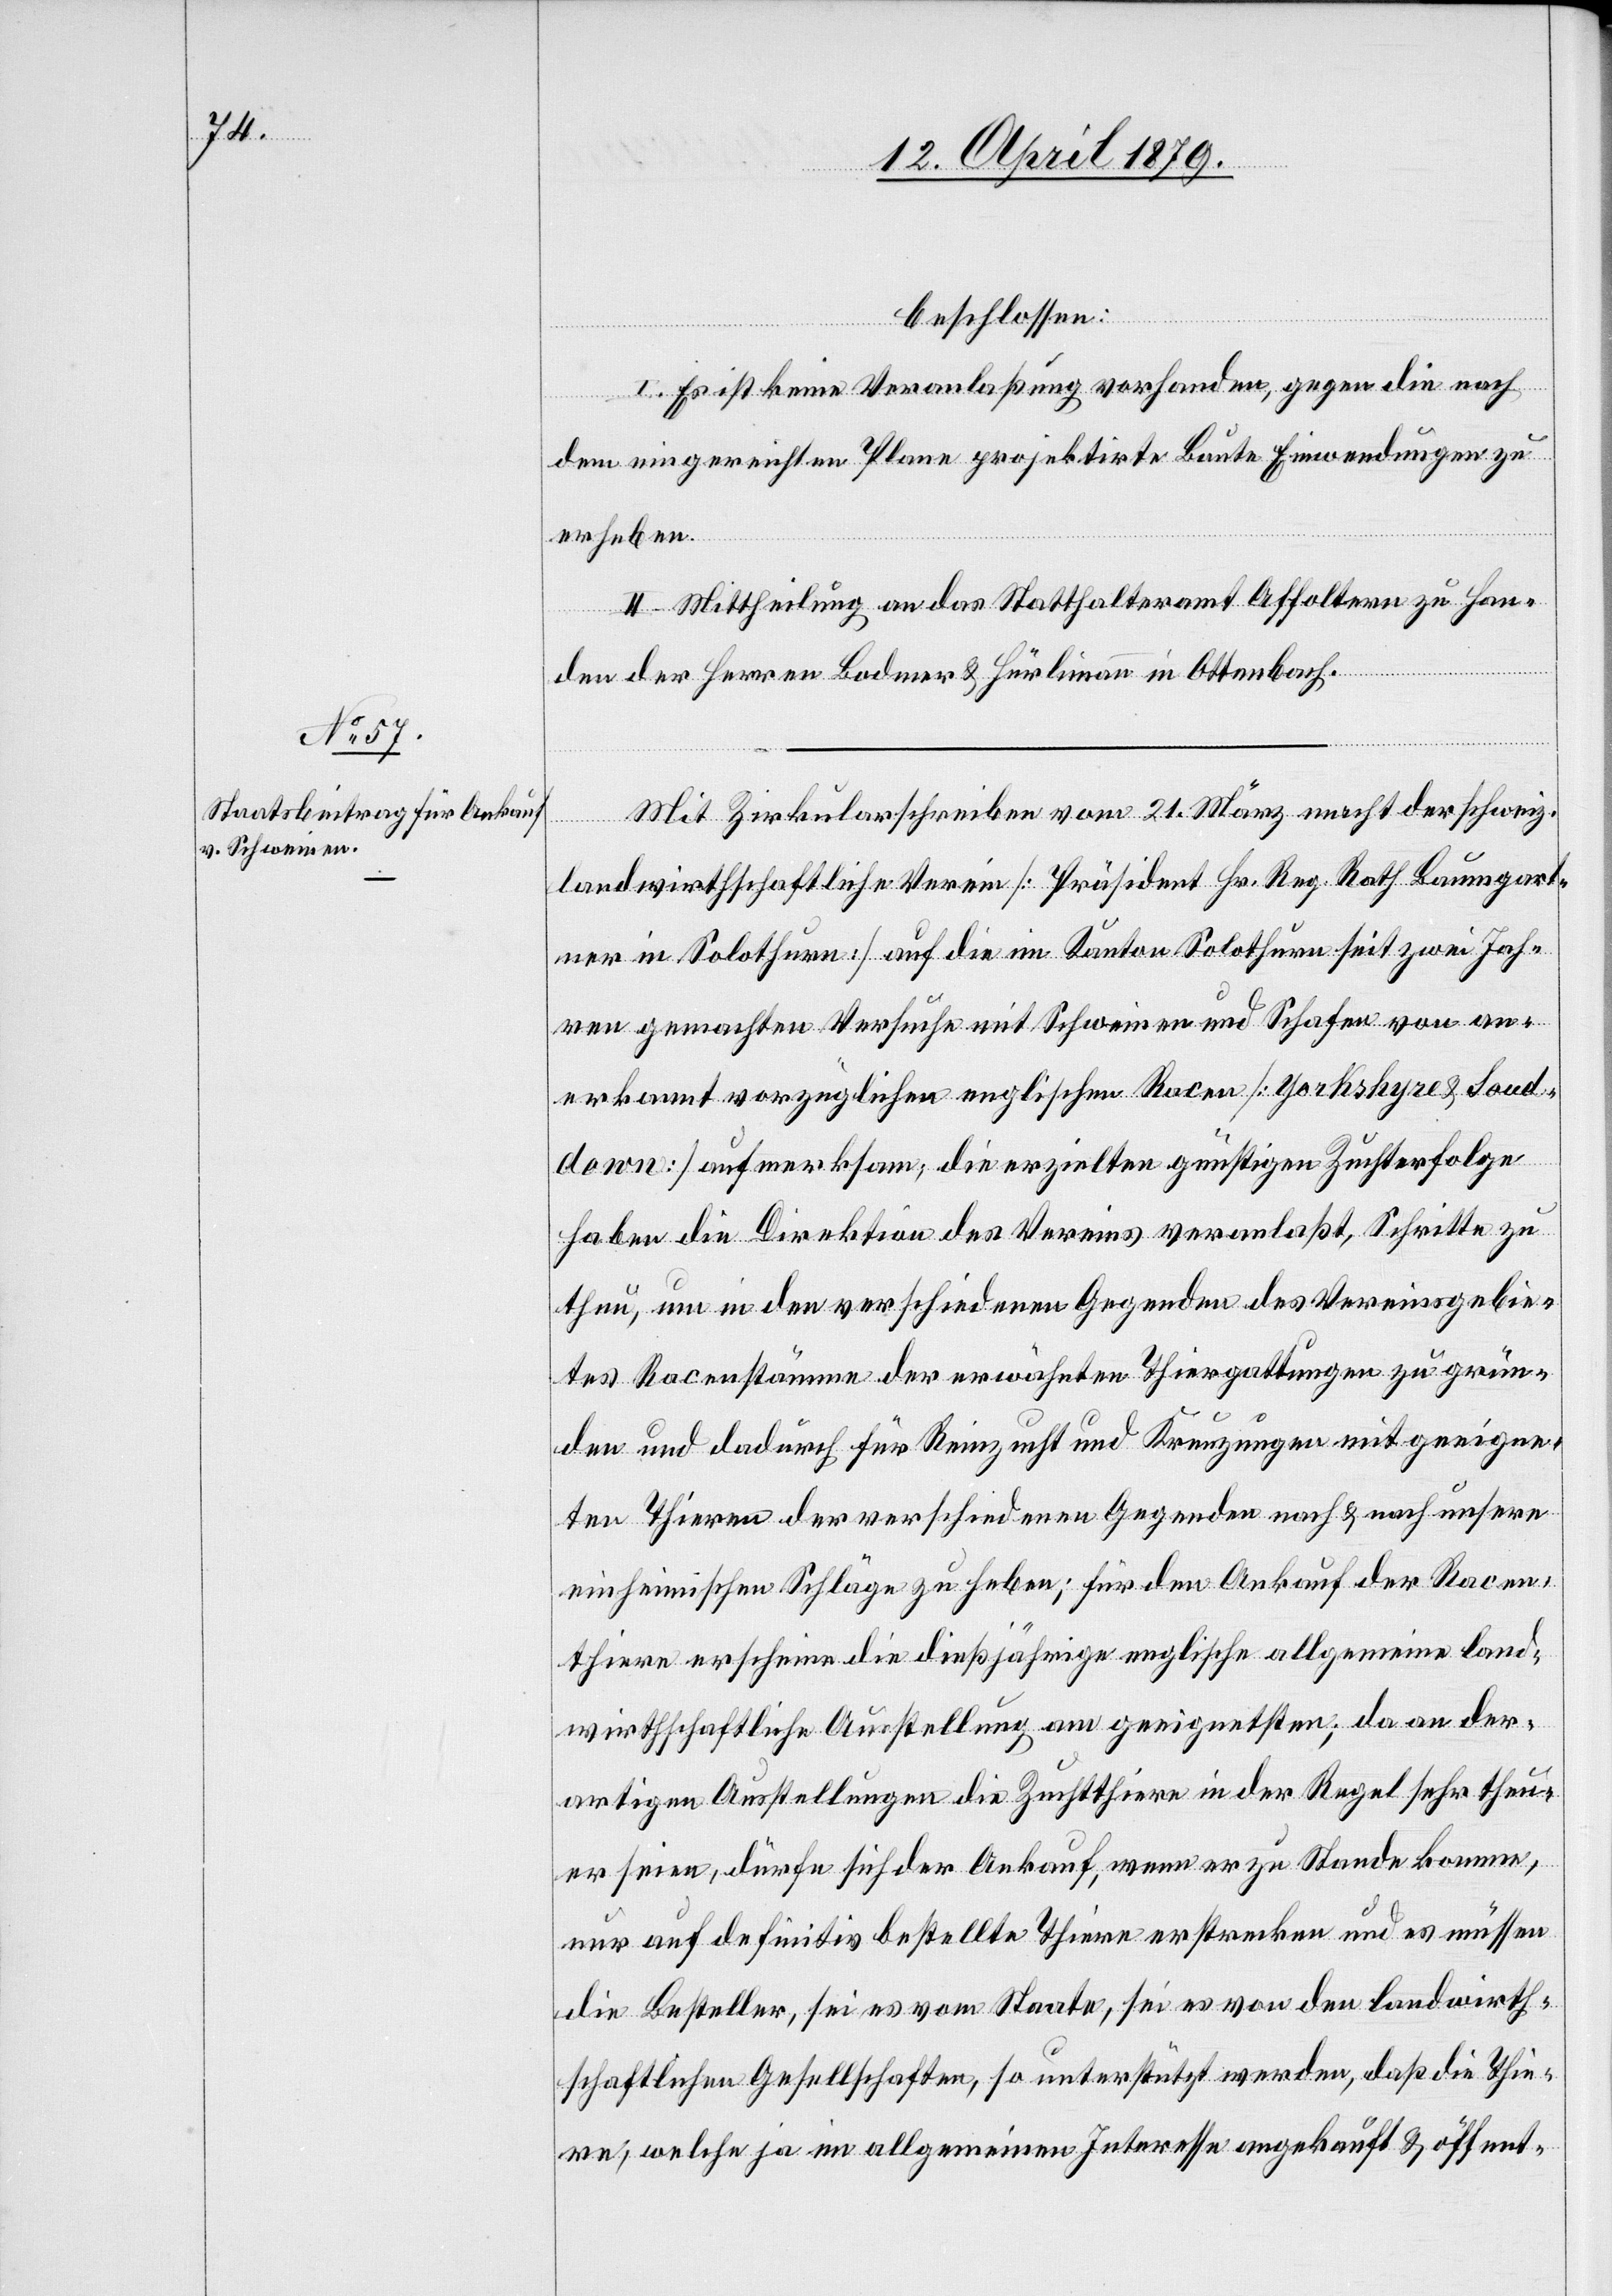
beschlossen:
I. Es ist keine Veranlaßung vorhanden, gegen die nach
dem eingereichten Plane projektirte Baute Einwendungen zu
erheben.
II. Mittheilung an das Statthalteramt Affoltern zu Han¬
den der Herren Bodmer & Hürlimann in Ottenbach.
Mit Zirkularschreiben vom 21. März macht der schweiz.
landwirthschaftliche Verein [Präsident Hr. Reg. Rath Baumgart¬
ner in Solothurn] auf die im Kanton Solothurn seit zwei Jah¬
ren gemachten Versuche mit Schweinen und Schafen von an¬
erkannt vorzüglichen englischen Racen [Yorkshyre & Soud¬
down] aufmerksam; die erzielten günstigen Zuchterfolge
haben die Direktion des Vereins veranlaßt, Schritte zu
thun, um in den verschiedenen Gegenden des Vereinsgebie¬
tes Racenstämme der erwähnten Thiergattungen zu grün¬
den und dadurch für Reinzucht und Kreuzungen mit geeigne¬
ten Thieren der verschiedenen Gegenden nach & nach unsere
einheimischen Schläge zu heben; für den Ankauf der Racen¬
thiere erscheine die dießjährige englische allgemeine land¬
wirthschaftliche Ausstellung am geeignetsten; da an der¬
artigen Ausstellungen die Zuchtthiere in der Regel sehr theu¬
er seien, dürfe sich der Ankauf, wenn er zu Stande komme,
nur auf definitiv bestellte Thiere erstrecken und es müssen
die Besteller, sei es vom Staate, sei es von den landwirth¬
schaftlichen Gesellschaften, so unterstützt werden, daß die Thie¬
re, welche ja im allgemeinen Interesse angekauft & öffent-